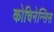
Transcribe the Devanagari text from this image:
कोचिनेन्सिस